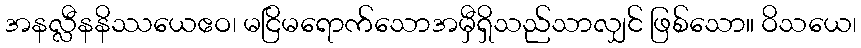
အနလ္လီနနိဿယေဧဝ၊ မငြိမရောက်သောအမှီရှိသည်သာလျှင် ဖြစ်သော။ ဝိသယေ၊